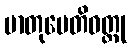
မာတုပေတိဝတ္ထု